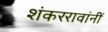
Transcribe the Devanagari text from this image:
शंकररावांनीं